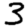
Digit: 3